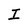
Character: I